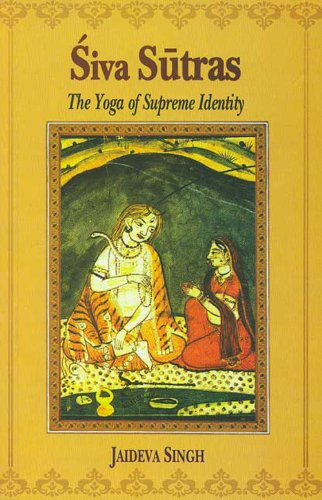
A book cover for Siva Sutras: The Yoga of Supreme Identity; Jaideva Singh; Religion & Spirituality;